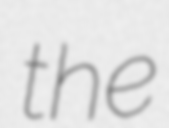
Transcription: the